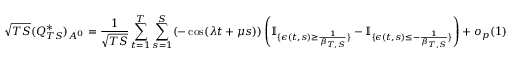
\sqrt { T S } ( Q _ { T S } ^ { * } ) _ { A ^ { 0 } } = \frac { 1 } { \sqrt { T S } } \sum _ { t = 1 } ^ { T } \sum _ { s = 1 } ^ { S } ( - \cos ( \lambda t + \mu s ) ) \left( \mathbb { I } _ { \{ \epsilon ( t , s ) \geq \frac { 1 } { \beta _ { T , S } } \} } - \mathbb { I } _ { \{ \epsilon ( t , s ) \leq - \frac { 1 } { \beta _ { T , S } } \} } \right) + o _ { p } ( 1 )